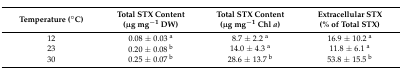
<table><thead><tr><td><b>Temperature (°C)</b></td><td><b>Total STX Content (μg mg<sup>−1</sup> DW)</b></td><td><b>Total STX Content (μg mg<sup>−1</sup> Chl <i>a</i>)</b></td><td><b>Extracellular STX (% of Total STX)</b></td></tr></thead><tbody><tr><td>12</td><td>0.08 ± 0.03 <sup>a</sup></td><td>8.7 ± 2.2 <sup>a</sup></td><td>16.9 ± 10.2 <sup>a</sup></td></tr><tr><td>23</td><td>0.20 ± 0.08 <sup>b</sup></td><td>14.0 ± 4.3 <sup>a</sup></td><td>11.8 ± 6.1 <sup>a</sup></td></tr><tr><td>30</td><td>0.25 ± 0.07 <sup>b</sup></td><td>28.6 ± 13.7 <sup>b</sup></td><td>53.8 ± 15.5 <sup>b</sup></td></tr></tbody></table>